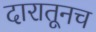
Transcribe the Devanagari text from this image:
दारातूनच